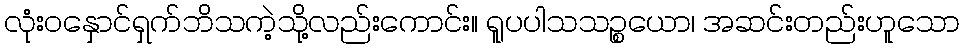
လုံးဝနှောင်ရှက်ဘိသကဲ့သို့လည်းကောင်း။ ရူပပါသသဉ္စယော၊ အဆင်းတည်းဟူသော